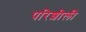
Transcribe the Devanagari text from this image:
परिशीली